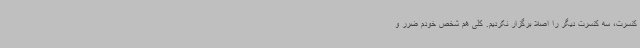
کنسرت، سه کنسرت دیگر را اصلا برگزار نکردیم. کلی هم شخص خودم ضرر و